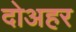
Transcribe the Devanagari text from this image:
दोअहर